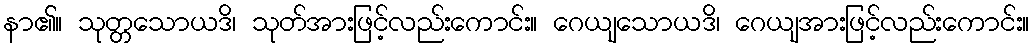
နာ၏။ သုတ္တသောယဒိ၊ သုတ်အားဖြင့်လည်းကောင်း။ ဂေယျသောယဒိ၊ ဂေယျအားဖြင့်လည်းကောင်း။